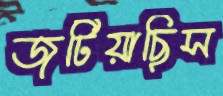
জুটিয়াছিস